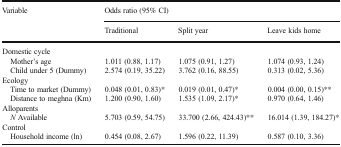
| <ROWSPAN=2> Variable | <COLSPAN=3> Odds ratio (95% CI) |
 | Traditional | Split year | Leave kids home |
 | --- | --- | --- | --- |
 | <COLSPAN=4> Domestic cycle |
 | Mother’s age | 1.011 (0.88, 1.17) | 1.075 (0.91, 1.27) | 1.074 (0.93, 1.24) |
 | Child under 5 (Dummy) | 2.574 (0.19, 35.22) | 3.762 (0.16, 88.55) | 0.313 (0.02, 5.36) |
 | <COLSPAN=4> Ecology |
 | Time to market (Dummy) | 0.048 (0.01, 0.83)* | 0.019 (0.01, 0.47)* | 0.004 (0.00, 0.15)** |
 | Distance to meghna (Km) | 1.200 (0.90, 1.60) | 1.535 (1.09, 2.17)* | 0.970 (0.64, 1.46) |
 | <COLSPAN=4> Alloparents |
 | N Available | 5.703 (0.59, 54.75) | 33.700 (2.66, 424.43)** | 16.014 (1.39, 184.27)* |
 | <COLSPAN=4> Control |
 | Household income (ln) | 0.454 (0.08, 2.67) | 1.596 (0.22, 11.39) | 0.587 (0.10, 3.36) |